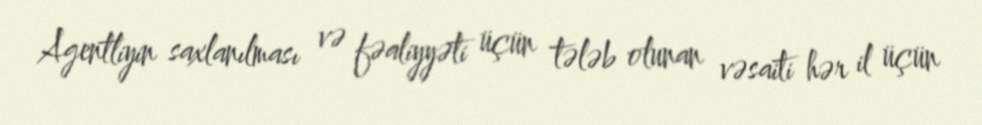
Agentliyin saxlanılması və fəaliyyəti üçün tələb olunan vəsaiti hər il üçün